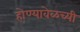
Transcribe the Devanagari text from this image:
होण्यावेळच्यी